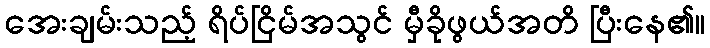
အေးချမ်းသည့် ရိပ်ငြိမ်အသွင် မှီခိုဖွယ်အတိ ပြီးနေ၏။